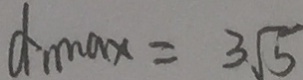
d _ { \min } x = 3 \sqrt { 5 }